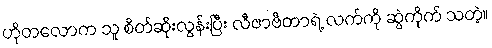
ဟိုတလောက သူ စိတ်ဆိုးလွန်းပြီး လီဇာဗီတာရဲ့ လက်ကို ဆွဲကိုက် သတဲ့။